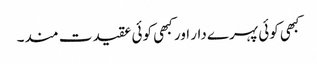
کبھی کوئی پہرے دار اور کبھی کوئی عقیدت مند۔